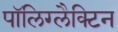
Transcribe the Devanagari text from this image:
पॉलिग्लैक्टिन